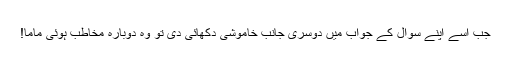
جب اُسے اپنے سوال کے جواب میں دوسری جانب خاموشی دکھائی دی تو وہ دوبارہ مخاطب ہوئی ماما!